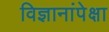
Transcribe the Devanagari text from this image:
विज्ञानांपेक्षा